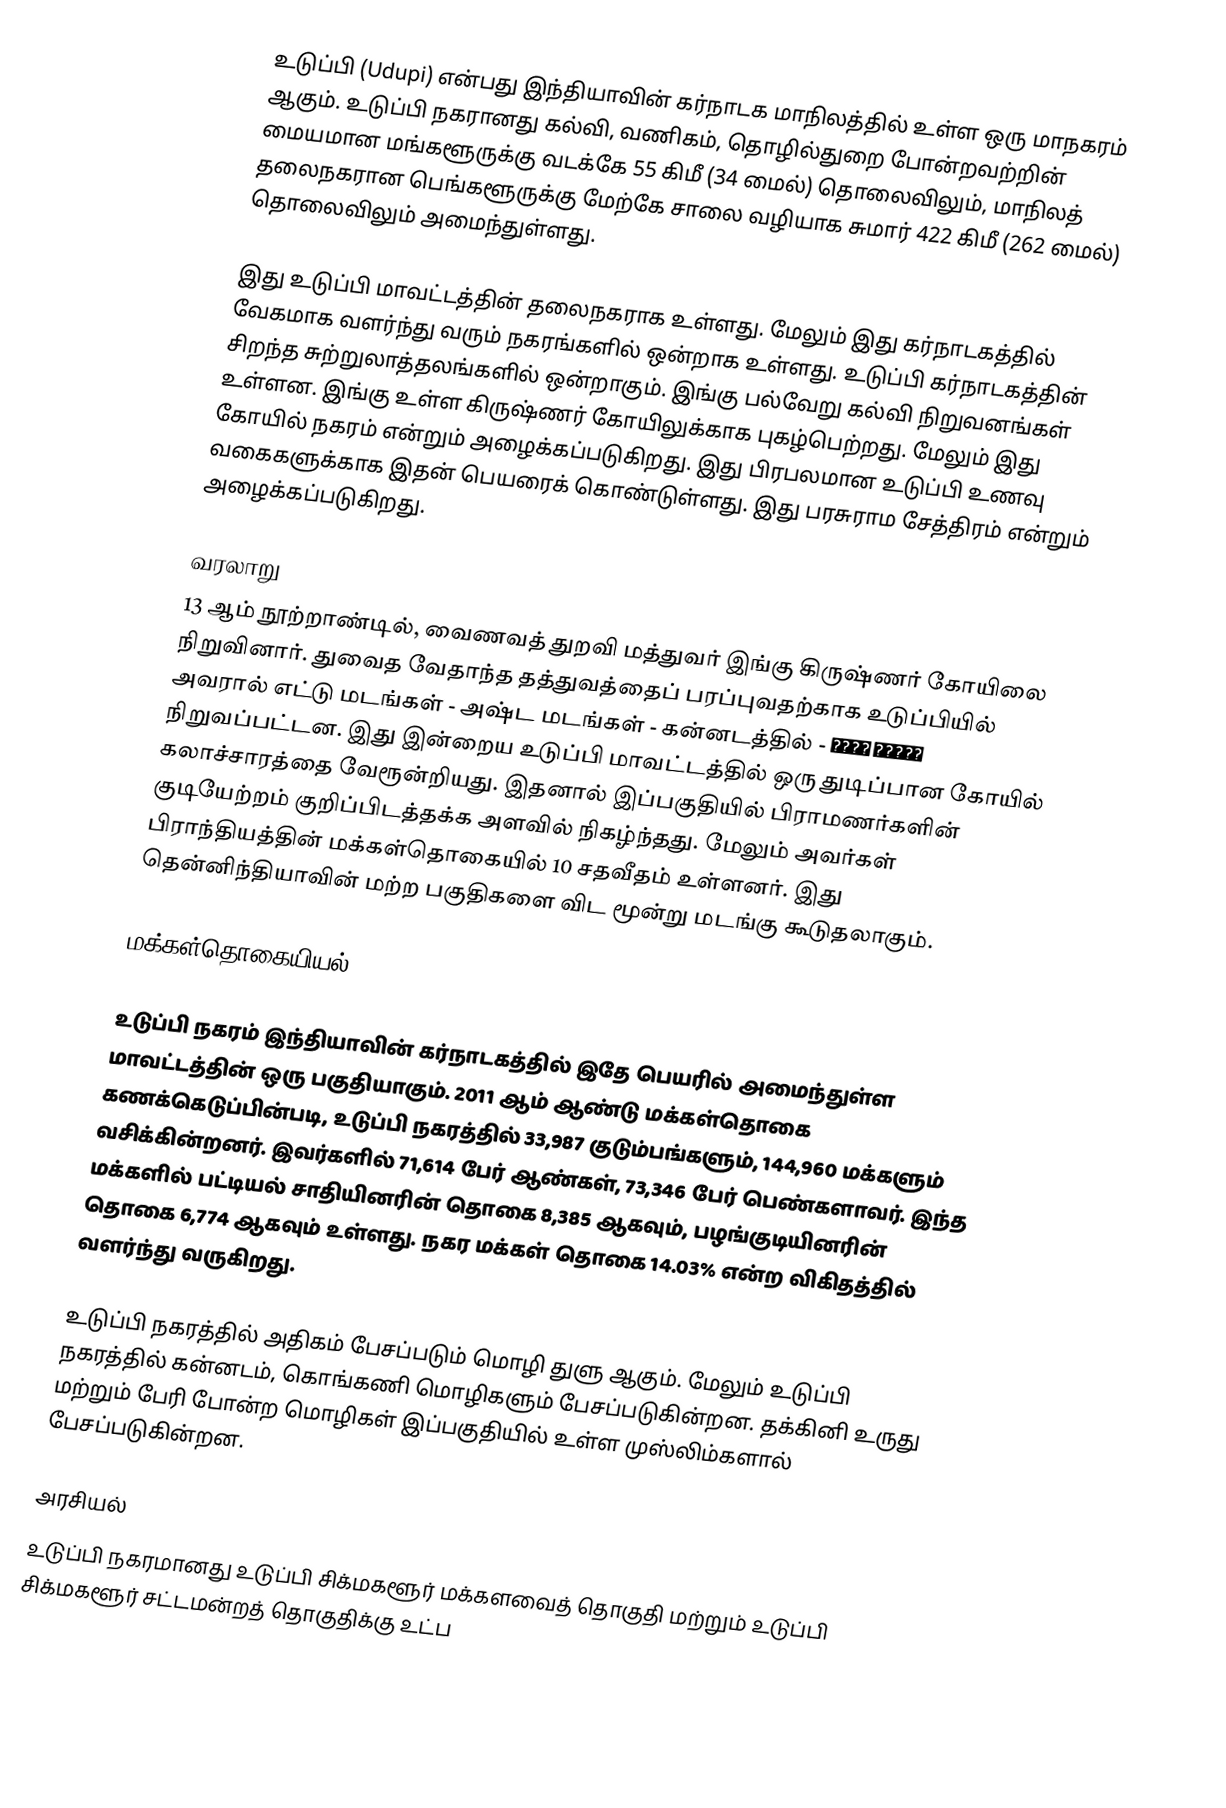
உடுப்பி (Udupi)  என்பது இந்தியாவின் கர்நாடக மாநிலத்தில் உள்ள ஒரு மாநகரம் ஆகும். உடுப்பி நகரானது கல்வி, வணிகம், தொழில்துறை போன்றவற்றின் மையமான மங்களூருக்கு வடக்கே 55 கிமீ (34 மைல்) தொலைவிலும், மாநிலத் தலைநகரான பெங்களூருக்கு மேற்கே சாலை வழியாக சுமார் 422 கிமீ (262 மைல்) தொலைவிலும் அமைந்துள்ளது.

இது உடுப்பி மாவட்டத்தின் தலைநகராக உள்ளது. மேலும் இது கர்நாடகத்தில் வேகமாக வளர்ந்து வரும் நகரங்களில் ஒன்றாக உள்ளது. உடுப்பி கர்நாடகத்தின் சிறந்த சுற்றுலாத்தலங்களில் ஒன்றாகும். இங்கு பல்வேறு கல்வி நிறுவனங்கள் உள்ளன. இங்கு உள்ள கிருஷ்ணர் கோயிலுக்காக புகழ்பெற்றது. மேலும் இது  கோயில் நகரம் என்றும் அழைக்கப்படுகிறது. இது பிரபலமான உடுப்பி உணவு வகைகளுக்காக இதன் பெயரைக் கொண்டுள்ளது. இது பரசுராம சேத்திரம் என்றும் அழைக்கப்படுகிறது.

வரலாறு
13 ஆம் நூற்றாண்டில், வைணவத் துறவி மத்துவர் இங்கு கிருஷ்ணர் கோயிலை நிறுவினார்.  துவைத வேதாந்த தத்துவத்தைப் பரப்புவதற்காக உடுப்பியில் அவரால் எட்டு மடங்கள் - அஷ்ட மடங்கள்  - கன்னடத்தில் - ಅಷ್ಟ ಮಠಗಳು   நிறுவப்பட்டன. இது இன்றைய உடுப்பி மாவட்டத்தில் ஒரு துடிப்பான கோயில் கலாச்சாரத்தை வேரூன்றியது. இதனால் இப்பகுதியில் பிராமணர்களின் குடியேற்றம் குறிப்பிடத்தக்க அளவில் நிகழ்ந்தது. மேலும் அவர்கள் பிராந்தியத்தின் மக்கள்தொகையில் 10 சதவீதம் உள்ளனர். இது தென்னிந்தியாவின் மற்ற பகுதிகளை விட மூன்று மடங்கு கூடுதலாகும்.

மக்கள்தொகையியல்

உடுப்பி நகரம் இந்தியாவின் கர்நாடகத்தில் இதே பெயரில் அமைந்துள்ள  மாவட்டத்தின் ஒரு பகுதியாகும். 2011 ஆம் ஆண்டு மக்கள்தொகை கணக்கெடுப்பின்படி, உடுப்பி நகரத்தில் 33,987 குடும்பங்களும், 144,960 மக்களும் வசிக்கின்றனர். இவர்களில் 71,614 பேர் ஆண்கள், 73,346 பேர் பெண்களாவர். இந்த மக்களில் பட்டியல் சாதியினரின் தொகை 8,385 ஆகவும், பழங்குடியினரின் தொகை 6,774 ஆகவும் உள்ளது. நகர மக்கள் தொகை 14.03% என்ற விகிதத்தில் வளர்ந்து வருகிறது.

உடுப்பி நகரத்தில் அதிகம் பேசப்படும் மொழி துளு ஆகும். மேலும் உடுப்பி நகரத்தில் கன்னடம், கொங்கணி மொழிகளும் பேசப்படுகின்றன. தக்கினி உருது மற்றும் பேரி போன்ற மொழிகள் இப்பகுதியில் உள்ள முஸ்லிம்களால் பேசப்படுகின்றன.

அரசியல்
உடுப்பி நகரமானது உடுப்பி சிக்மகளூர் மக்களவைத் தொகுதி மற்றும் உடுப்பி சிக்மகளூர் சட்டமன்றத் தொகுதிக்கு உட்ப